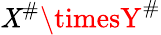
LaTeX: \mathit{X}^{\# }\timesY^{\# }